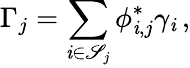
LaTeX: \Gamma_{j}=\sum_{\mathit{i}\in\mathscr{{S}}_{j}}\phi_{\mathit{i},j}^{\ast}\gamma_{\mathit{i}}\, ,